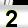
Digit: 2